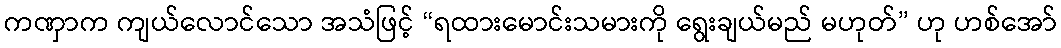
ကဏှာက ကျယ်လောင်သော အသံဖြင့် “ရထားမောင်းသမားကို ရွေးချယ်မည် မဟုတ်” ဟု ဟစ်အော်